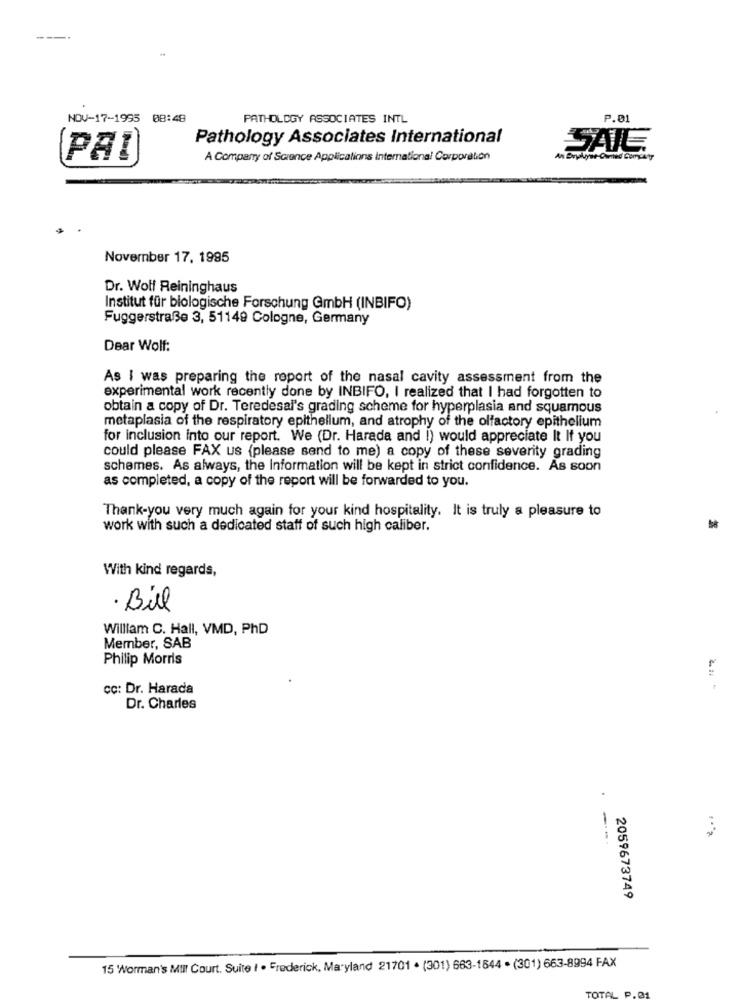
NOV-17-1995 08:48
PATHOLOGY ASSOCIATES INTL
P.01
Pathology Associates International
SAIL
PAI
A Company of Science Applicalions International Corporation
November 17, 1995
Dr. Wolf Reininghaus
Institut für biologische Forschung GmbH (INBIFO)
Fuggerstraße 3, 51149 Cologne, Germany
Dear Wolf:
As I was preparing the report of the nasal cavity assessment from the
experimental work recently done by INBIFO, I realized that I had forgotten to
obtain a copy of Dr. Teredesal's grading scheme for hyperplasia and squamous
metaplasia of the respiratory epithelium, and atrophy of the olfactory epithelium
for inclusion into our report. We (Dr. Harada and I) would appreciate It If you
could please FAX us (please send to me) a copy of these severity grading
schemes. As always, the Information will be kept in strict confidence. As soon
as completed, a copy of the report will be forwarded to you.
Thank-you very much again for your kind hospitality. It is truly a pleasure to
work with such a dedicated staff of such high caliber.
With kind regards,
· Bil
William C. Hall, VMD, PhD
Member, SAB
Philip Morris
cc: Dr. Harada
Dr. Charles
.
-
2059673749
15 Worman's MIII Court. Suite I . Frederick, Maryland 21701 . (301) 663-1844 . (301) 663-8994 FAX
TOMT
P.01